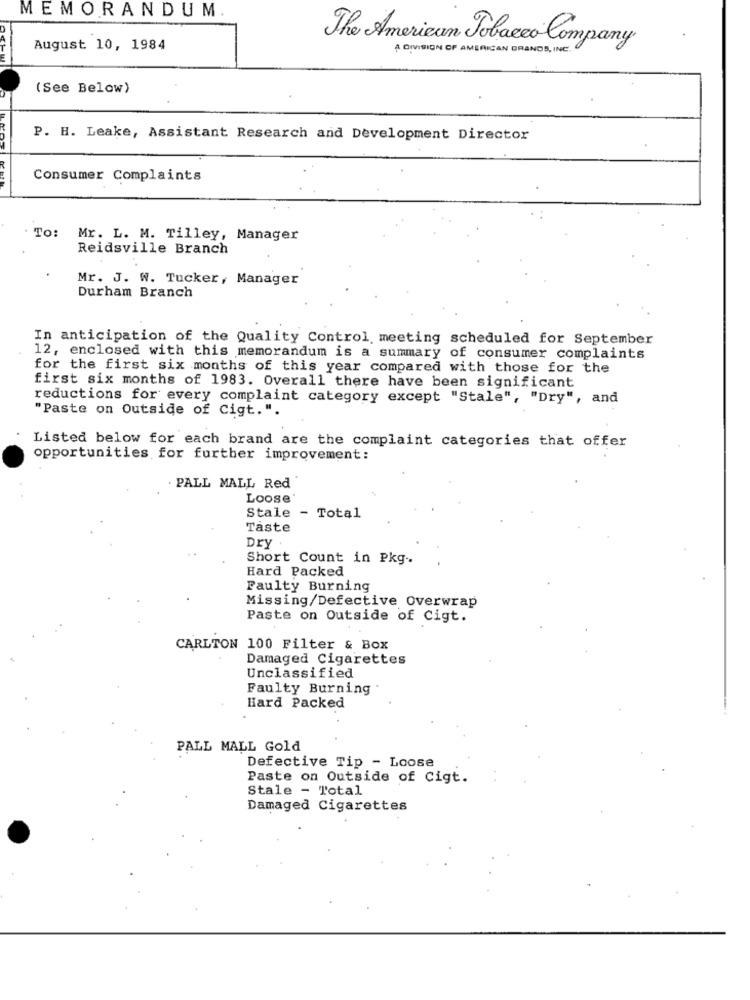
MEMORANDUM
August 10, 1984
The American Tobacco Company
A DIVISION OF AMERICAN GRANDS, INC.
(See Below)
P. H. Leake, Assistant Research and Development Director
Consumer Complaints
To:
Mr. L. M. Tilley, Manager
Reidsville Branch
Mr. J. W. Tucker, Manager
Durham Branch
In anticipation of the Quality Control meeting scheduled for September
12, enclosed with this memorandum is a summary of consumer complaints
for the first six months of this year compared with those for the
first six months of 1983. Overall there have been significant
reductions for every complaint category except "Stale", "Dry", and
"Paste on Outside of Cigt.".
Listed below for each brand are the complaint categories that offer
opportunities for further improvement:
PALL MALL Red
Loose
Stale - Total
Taste
Dry
Short Count in Pkg ..
Hard Packed
Paulty Burning
Missing/Defective Overwrap
Paste on Outside of Cigt.
CARLTON 100 Filter & Box
Damaged Cigarettes
Unclassified
Faulty Burning
Hard Packed
PALL MALL Gold
Defective Tip - Loose
Paste on Outside of Cigt.
Stale - Total
Damaged Cigarettes